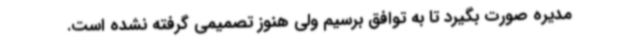
‌مدیره صورت بگیرد تا به توافق برسیم ولی هنوز تصمیمی گرفته نشده است.